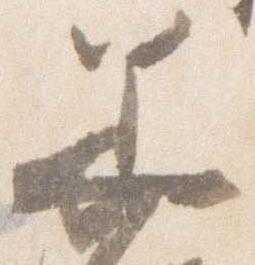
美